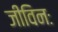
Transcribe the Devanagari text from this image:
जीविनः